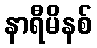
နာရီမိနစ်